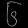
Digit: ၆